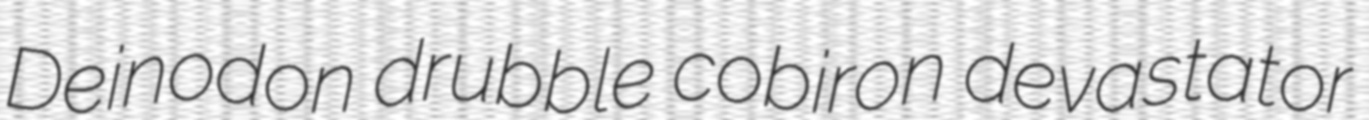
Deinodon drubble cobiron devastator